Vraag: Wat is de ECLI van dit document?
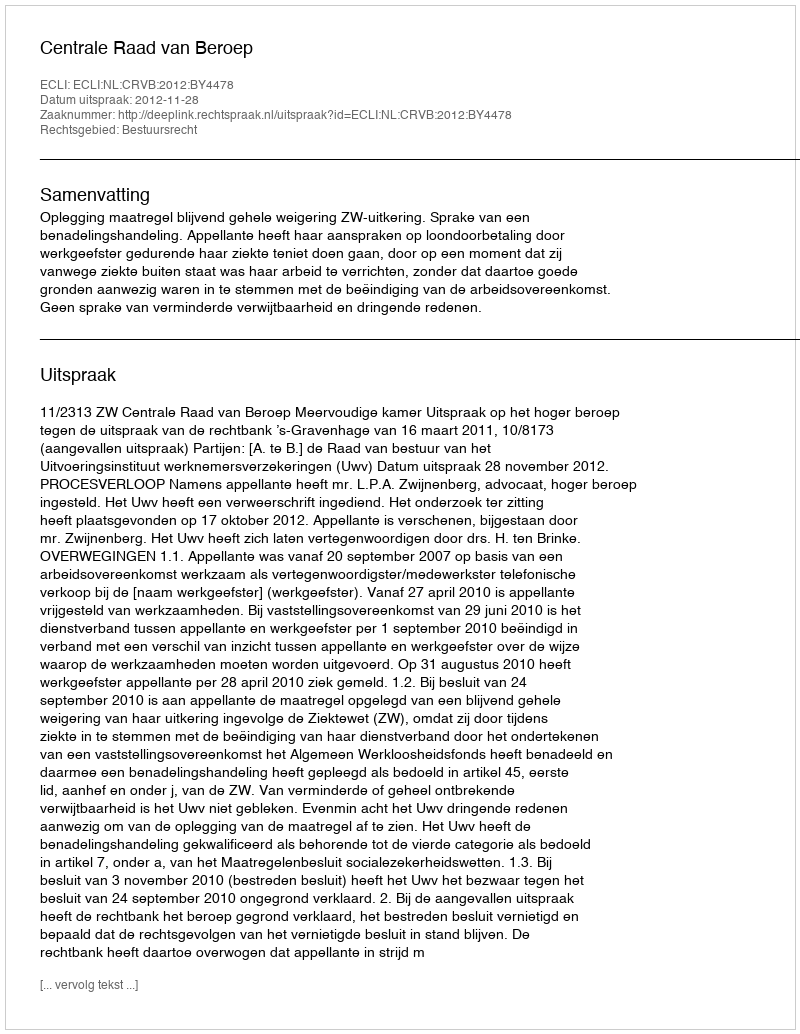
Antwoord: ECLI:NL:CRVB:2012:BY4478